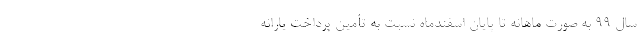
سال 99 به صورت ماهانه تا پایان اسفندماه نسبت به تأمین پرداخت یارانه